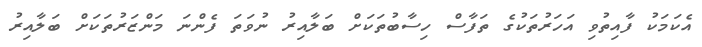
އެކަމަކު ފާއިތުވި އަހަރުތަކުގެ ތަފާސް ހިސާބުތަކަށް ބަލާއިރު ނުވަތަ ފެންނަ މަންޒަރުތަކަށް ބަލާއިރު